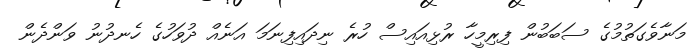
މަނާވެގަތުމުގެ ސަބަބުން ފިރިމީހާ ރުޅިއައިސް ހުރެ ނިދައިފިނަމަ އަނެއް ދުވަހުގެ ހެނދުނު ވަންދެން